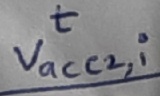
Text: t Vacc2,i